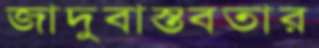
জাদুবাস্তবতার